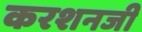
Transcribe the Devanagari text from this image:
करशनजी